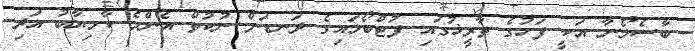
ބާސެލޯނާ އަކީ ފަހުގެ ތާރީޚުގައި ފުޓްބޯޅައިގެ ދަނޑަށް ނުކުތް އެންމެ ކާމިޔާބު އަދި